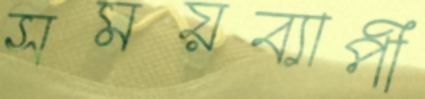
সময়ব্যাপী